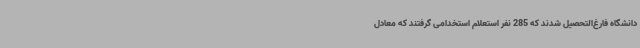
دانشگاه فارغ‌التحصیل شدند که 285 نفر استعلام استخدامی گرفتند که معادل